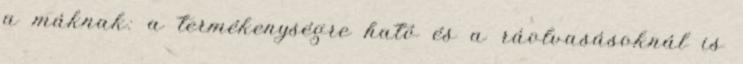
a máknak: a termékenységre ható és a ráolvasásoknál is